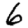
Digit: 6